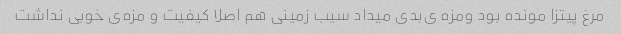
مرغ پیتزا مونده بود ومزه ی‌بدی میداد سیب زمینی هم اصلا کیفیت و مزه‌ی خوبی نداشت